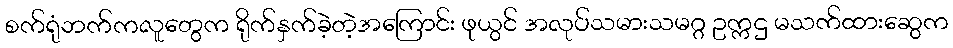
စက်ရုံဘက်ကလူတွေက ရိုက်နှက်ခဲ့တဲ့အကြောင်း ဖုယွင် အလုပ်သမားသမဂ္ဂ ဥက္ကဌ မသက်ထားဆွေက